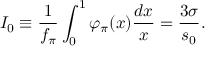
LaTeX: I _ { 0 } \equiv \frac 1 { f _ { \pi } } \int _ { 0 } ^ { 1 } \varphi _ { \pi } ( x ) \frac { d x } { x } = \frac { 3 \sigma } { s _ { 0 } } .